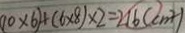
( 1 0 \times 6 ) + ( 6 \times 8 ) \times 2 = 2 1 6 ( c m ^ { 2 } )